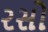
રસો